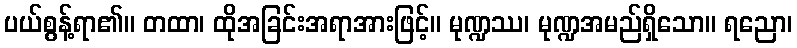
ပယ်စွန့်ရာ၏။ တထာ၊ ထိုအခြင်းအရာအားဖြင့်။ မုဏ္ဍဿ၊ မုဏ္ဍအမည်ရှိသော။ ရညော၊